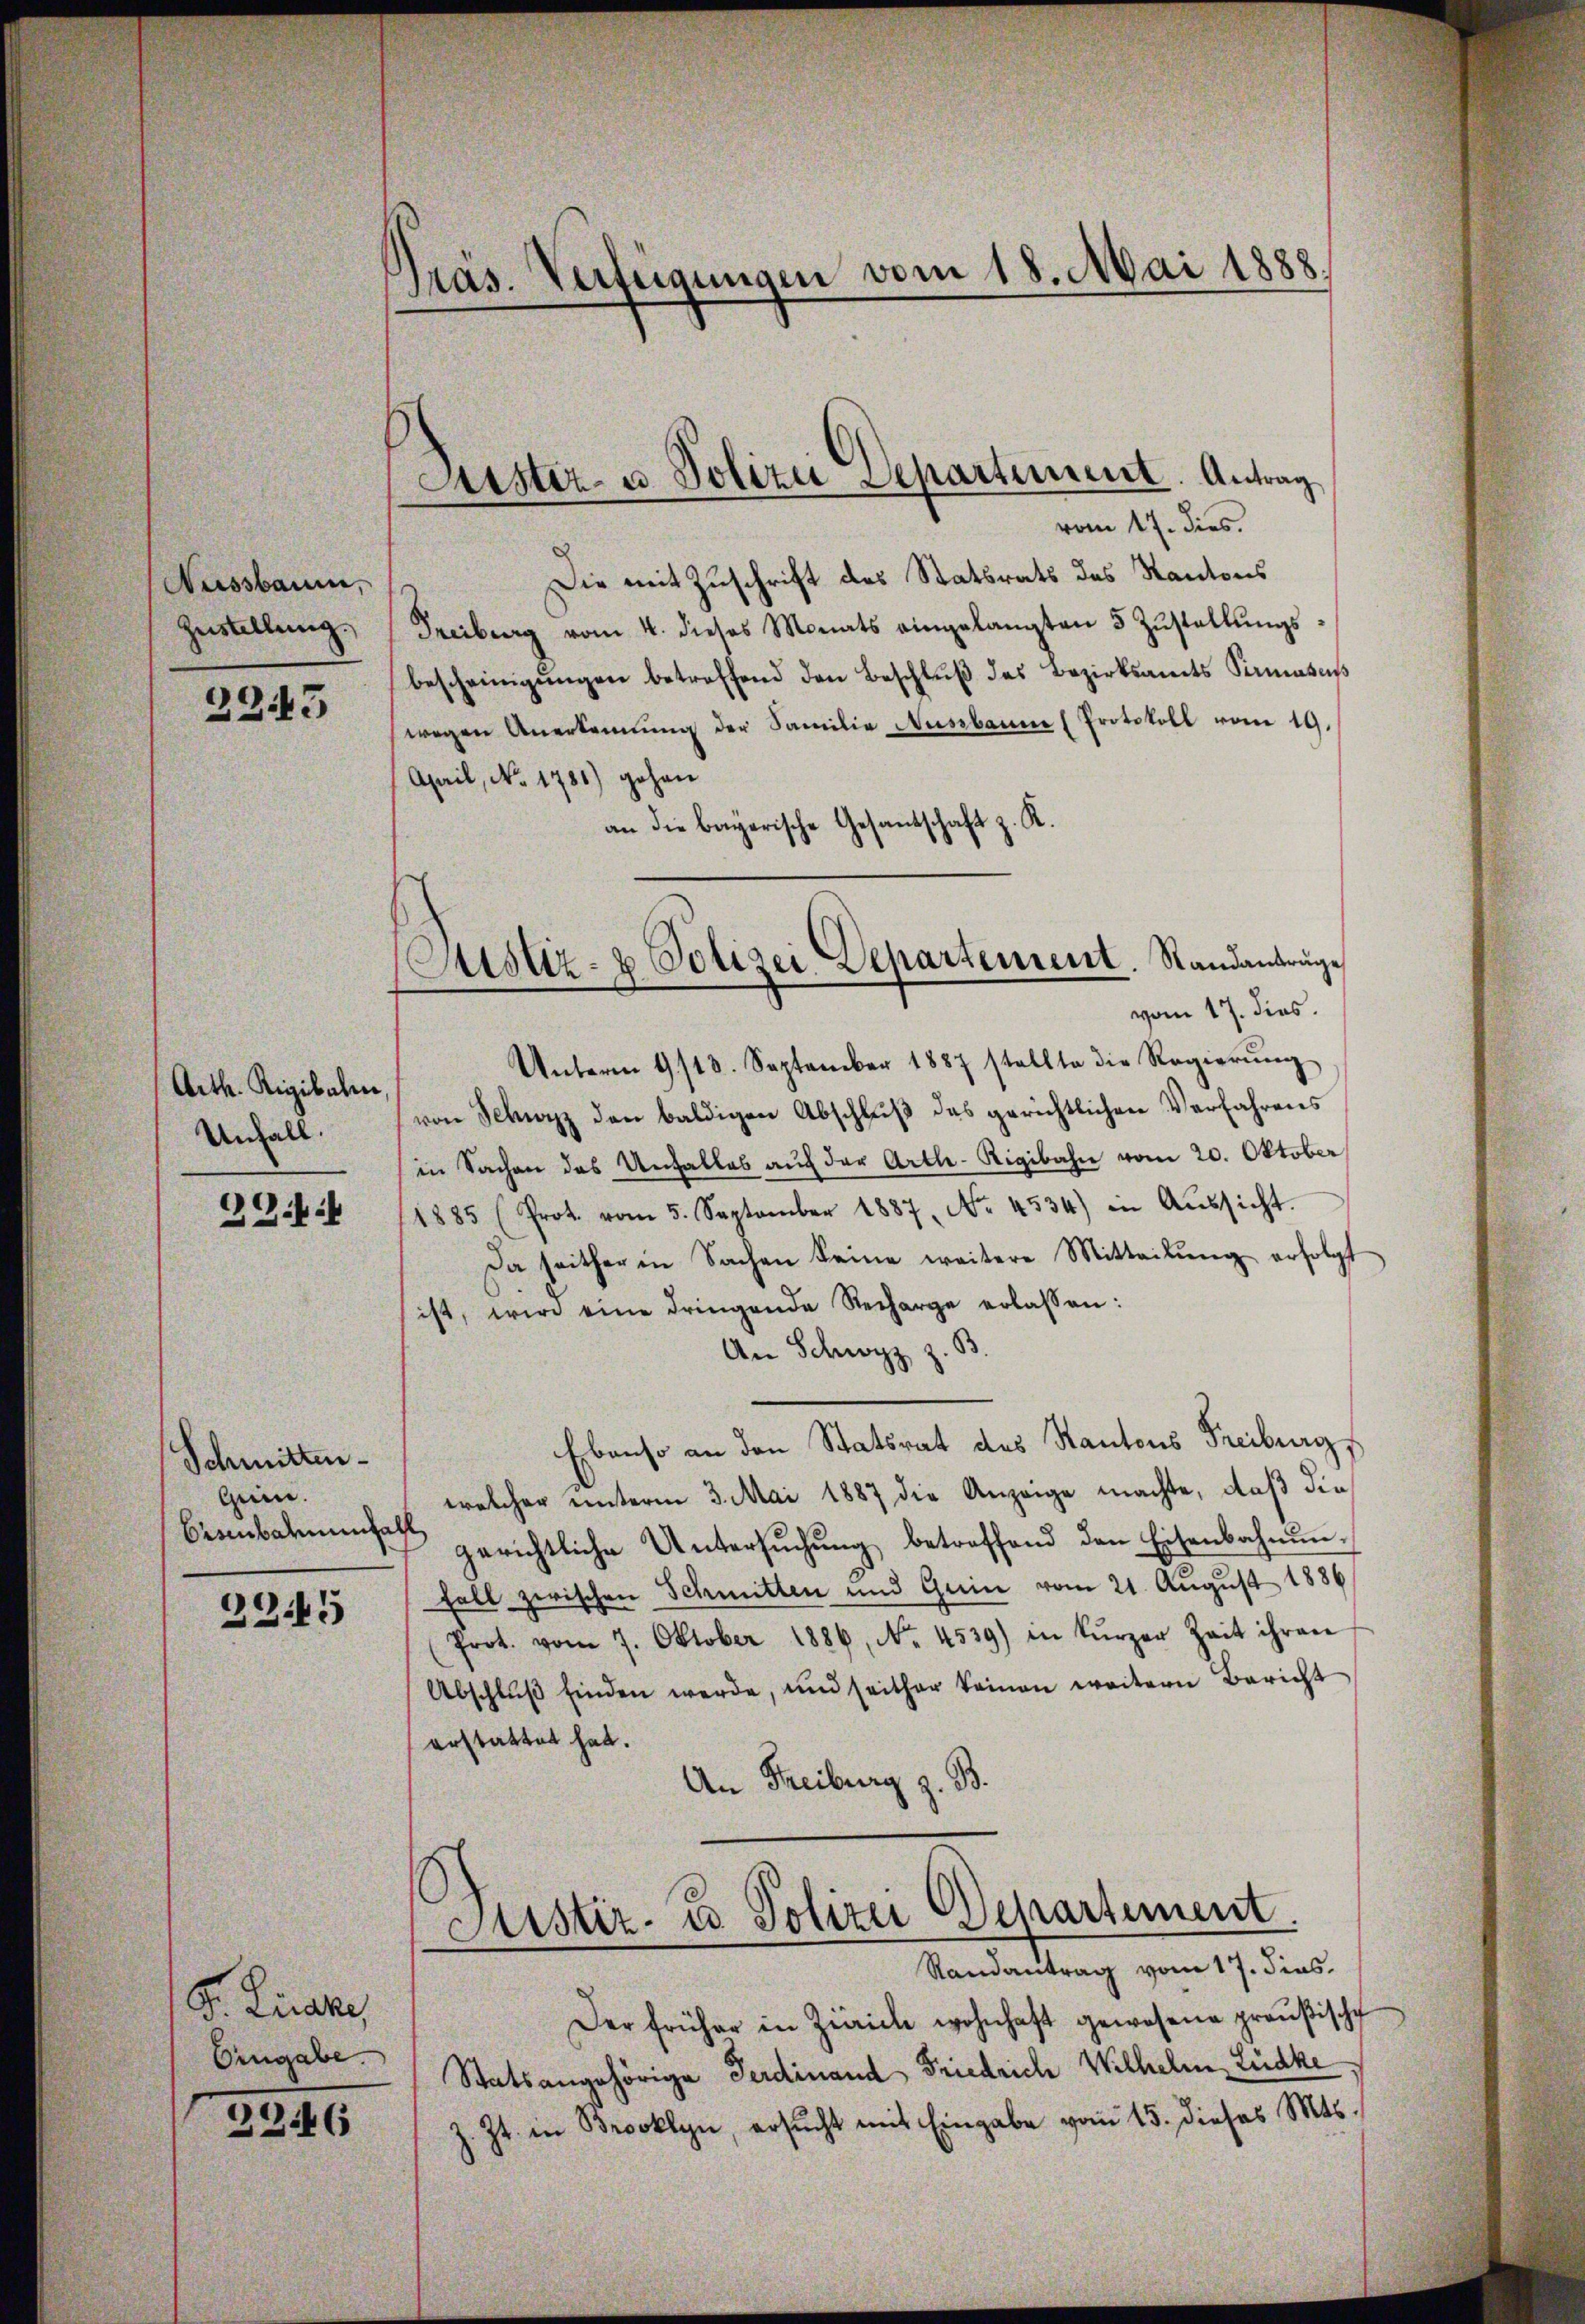
Nussbaum,
Zustellung.

2345

Arth. Rigibalen
Unfall.

29:

Schmitten
Gein.
Birnbarmenfall

3345

S. Kirche,
Eingabe.
2246

Präs. Verteigungen vom 18. Mai 1888.

Puster- u Polizei Departement. Antrag
vom 17. dies

Die mit Zuschrift des Statsrats des Kantons
Freibung vom 4. dieses Monats eingelangten 5 Zŭstellŭngs-
bescheinigŭngen betreffend den Beschlŭβ des Bezirksamts Semess
wegen Anerkennung der Familie Nussbanne (Protokoll vom 19.
April, No. 1781) gehen
K.
an die bayerische Gesants.
vom 17. dies
Unterm 9/18. September 1887 stellte die Regierŭng
von Schwyz den baldigen Abschluß das gerichtlichen Verfahrens
in Sachen des Unfalles aŭf der Artle-Rigibahn vom 20. Oktober
1885 (Prot. vom 5. September 1887, No. 4534) in Aŭssicht.
Da seither in Sachen Seine weitere Mitteilŭng erfolgt
ist, wird eine dringende Recharge erlassen:
An Schwyz z. B.
Ebenso an den Statsrat des Kantons Freiburg,
welcher unterm 3. Mai 1887 die Anzeige machte, daß die
gerichtliche Untersŭchŭng betreffend den Eisenbahnun¬
Fall zwischen Schmitten und Gerin vom 21. August 1886
(Prot. vom 7. Oktober 1886, No. 4539) in kürzer Zeit ihren
Abschlŭβ finden werde, und seither keinen weitern Bericht
erstattet hat.
An Freiburg z. B.

Justiz- & Polizei Departement. Standantrage

Justiz- u Polizei Departement.
n
Randantrag vom 17. dies

Der früher in Zicricle wohnhaft gewesene preußische
Statsangehörige Ferdinand Friedrich Wilhelm, Lücke
s. Zt. in Brooklyn, ersŭcht mit Eingabe vom 15. dieses Mts.